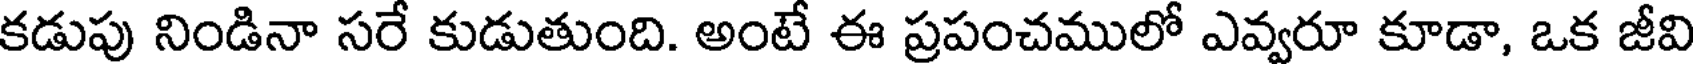
కడుపు నిండినా సరే కుడుతుంది. అంటే ఈ ప్రపంచములో ఎవ్వరూ కూడా, ఒక జీవి